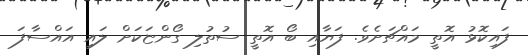
ފައިކޮޅު އޮތީ މައްޗަށެވެ. ފަޔާއި ބޯ އޮތީ ސުތުލި ގޯންޏަކަށް ލައި އައްސާފަ